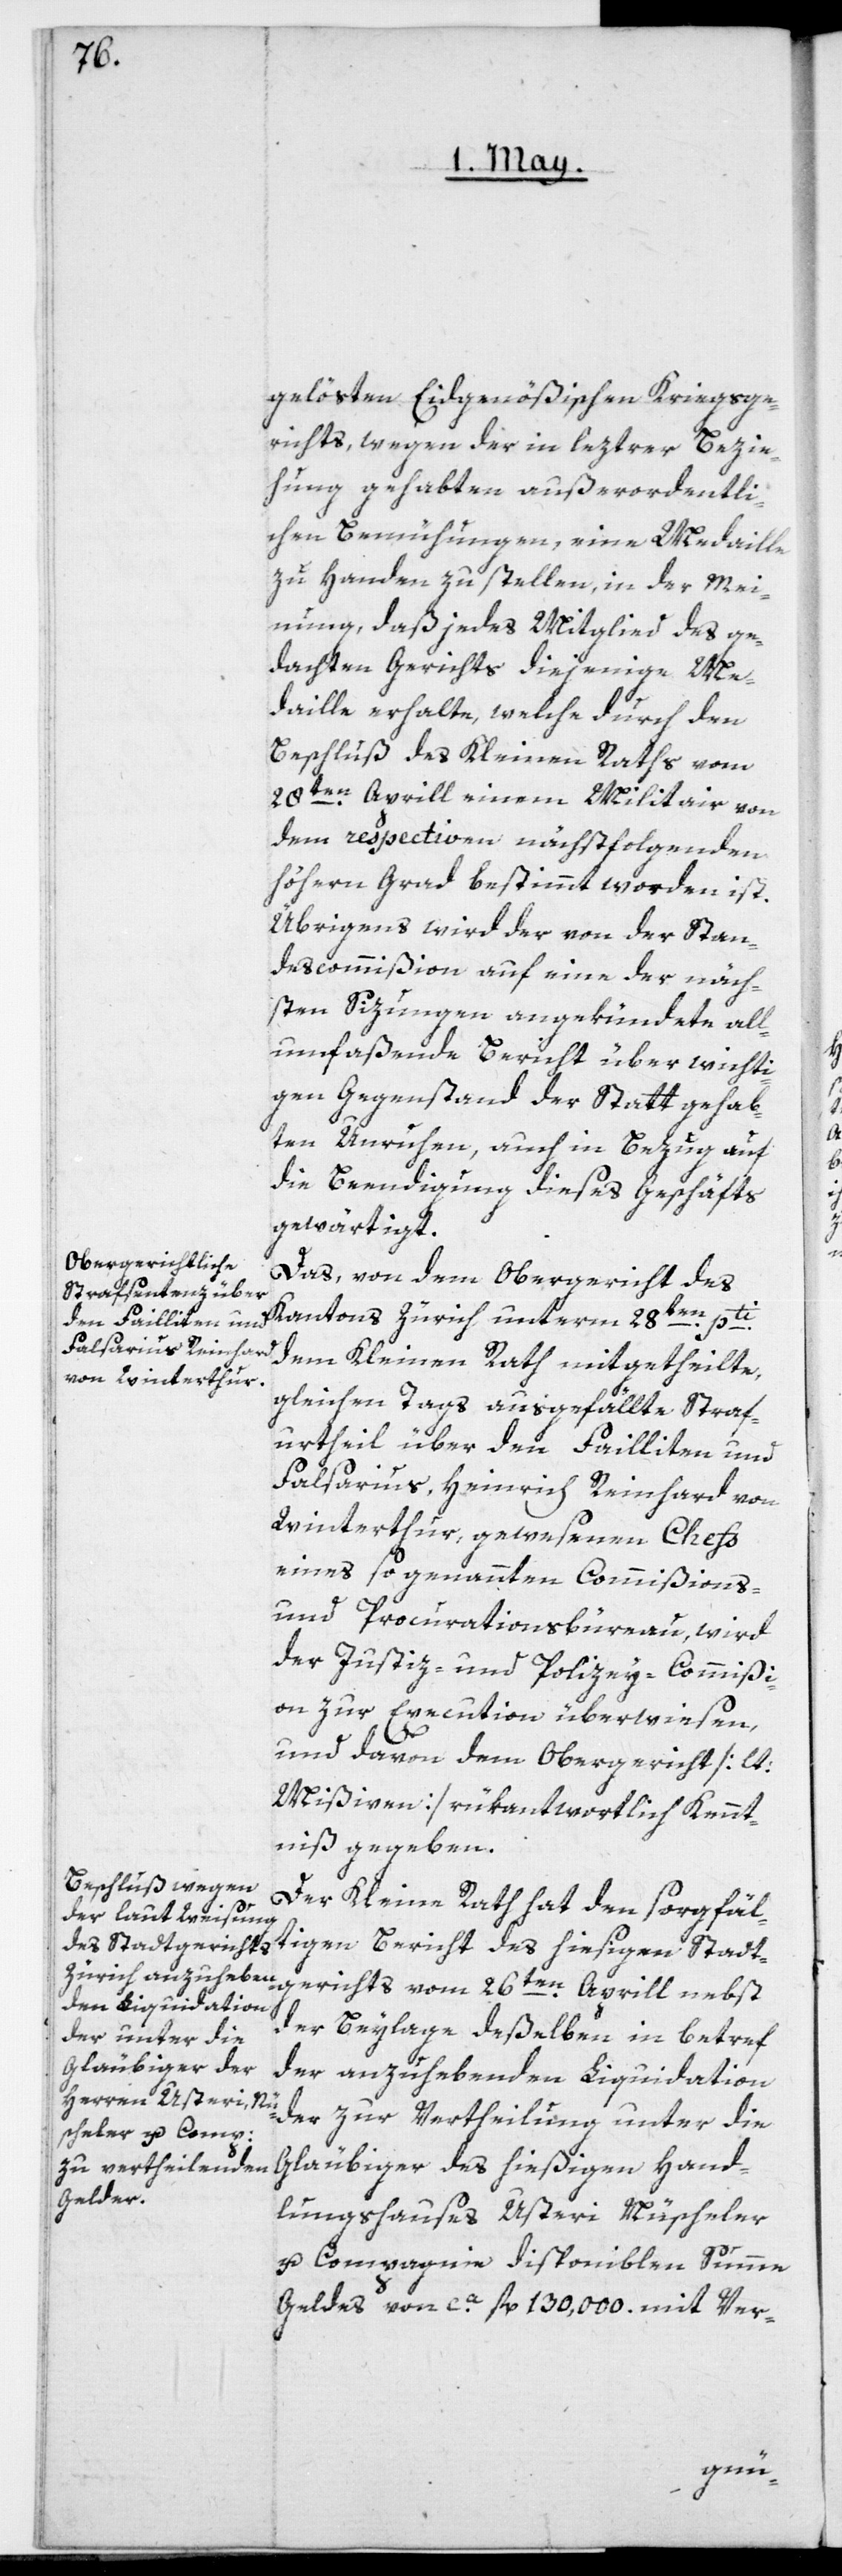
gelösten Eidgenößischen Kriegsge¬
richts, wegen der in leztrer Bezie¬
hung gehabten außerordentli¬
chen Bemühungen, eine Medaille
zu Handen zu stellen, in der Mei¬
nung, daß jedes Mitglied des ge¬
dachten Gerichts diejenige Me¬
daille erhalte, welche durch den
Beschluß des Kleinen Raths vom
28ten Aprill einem Militair von
dem respectiven nächstfolgenden
höhern Grad bestimmt worden ist.
Übrigens wird der von der Stan¬
descommißion auf eine der näch¬
sten Sizungen angekündete all¬
umfaßende Bericht über wichti¬
gen Gegenstand der Statt gehab¬
ten Unruhen, auch in Bezug auf
die Beendigung dieses Geschäfts
gewärtigt.
Das von dem Obergericht des
Kantons Zürich unterm 28ten pti
dem Kleinen Rath mitgetheilte,
gleichen Tags ausgefällte Straf¬
urtheil über den Failliten und
Falsarius Heinrich Reinhard von
Winterthur, gewesenen Chefs
eines sogenannten Commißions-
und Procurationsbureau, wird
der Justiz- und Polizey-Commißi¬
on zur Execution überwiesen,
und davon dem Obergericht [lt.
Mißiven] rükantwortlich Kennt¬
niß gegeben.
Der Kleine Rath hat den sorgfäl¬
tigen Bericht des hiesigen Stadt¬
gerichts vom 26ten Aprill nebst
der Beylage deßelben in betref
der anzuhebenden Liquidation
der zur Vertheilung unter die
Gläubiger des hießigen Hand¬
lungshauses Usteri, Nüscheler
u. Compagnie disponiblen Summe
Geldes von ca. fl. 130,000 mit Ver-